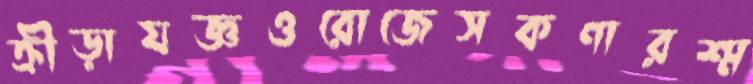
ক্রীড়াযজ্ঞওরোজেসকণারশ্ম